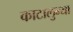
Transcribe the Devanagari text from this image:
काटालुन्या